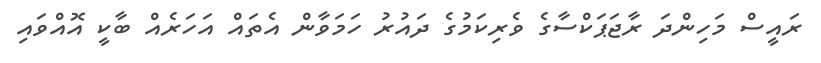
ރައީސް މަހިންދަ ރާޖަޕަކްސާގެ ވެރިކަމުގެ ދައުރު ހަމަވާން އެތައް އަހަރެއް ބާކީ އޮއްވައި